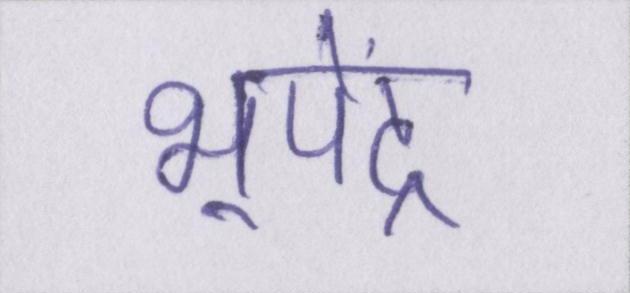
भूपेंद्र